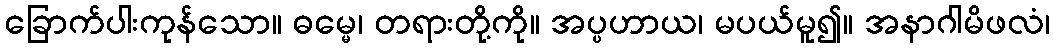
ခြောက်ပါးကုန်သော။ ဓမ္မေ၊ တရားတို့ကို။ အပ္ပဟာယ၊ မပယ်မူ၍။ အနာဂါမိဖလံ၊